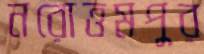
নরোত্তমপুর